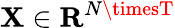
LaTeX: \mathbf{X}\in\mathbf{{R}}^{N\timesT}